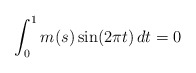
\begin{align*}\int_{0}^{1} m(s)\sin(2\pi t)\,dt = 0\end{align*}